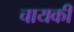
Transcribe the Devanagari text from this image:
चायकी